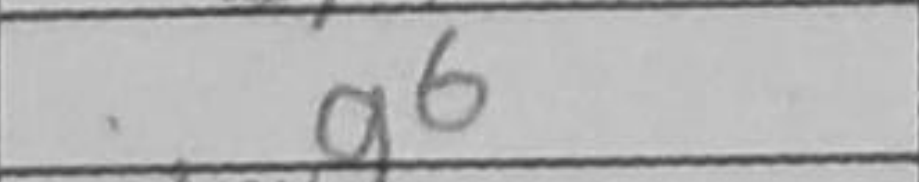
Transcription: g6